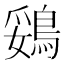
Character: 鵎